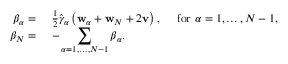
\begin{array} { r l } { \boldsymbol { \beta } _ { \alpha } = } & { ~ \frac { 1 } { 2 } \hat { \gamma } _ { \alpha } \left( \mathbf { w } _ { \alpha } + \mathbf { w } _ { N } + 2 \mathbf { v } \right) , \quad \mathrm { ~ f o r ~ } \alpha = 1 , \dots , N - 1 , } \\ { \boldsymbol { \beta } _ { N } = } & { ~ - \displaystyle \sum _ { \alpha = 1 , \dots , N - 1 } \boldsymbol { \beta } _ { \alpha } . } \end{array}